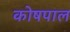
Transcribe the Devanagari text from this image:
कोषपाल